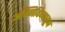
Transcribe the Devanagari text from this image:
अग्निदिव्यातून